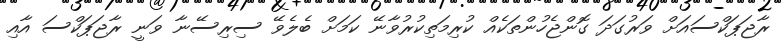
ރާޖަޕަކްސައަށް ވަރުގަދަ ގޮންޖެހުންތަކެއް ކުރިމަތިކުރުވާނޭ ކަމަށް ބެލެވޭ ސިރިސޭނާ ވަނީ ރާޖަޕަކްސަ އާއި